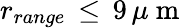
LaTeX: r_{range}\, \leq\, 9\, \mu\mathrm{~m~}